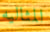
المثاليه